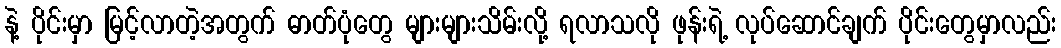
နဲ့ ပိုင်းမှာ မြင့်လာတဲ့အတွက် ဓာတ်ပုံတွေ များများသိမ်းလို့ ရလာသလို ဖုန်းရဲ့ လုပ်ဆောင်ချက် ပိုင်းတွေမှာလည်း